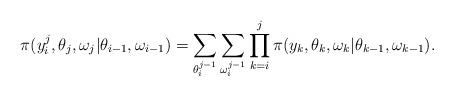
LaTeX: \begin{align*}\pi(y_i^j,\theta_j,\omega_j|\theta_{i-1},\omega_{i-1})=\sum_{\theta_i^{j-1}}\sum_{\omega_i^{j-1}}\prod_{k=i}^j\pi(y_k,\theta_k,\omega_k|\theta_{k-1},\omega_{k-1}).\end{align*}